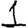
Digit: 1